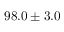
9 8 . 0 \pm 3 . 0 \